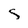
Character: s